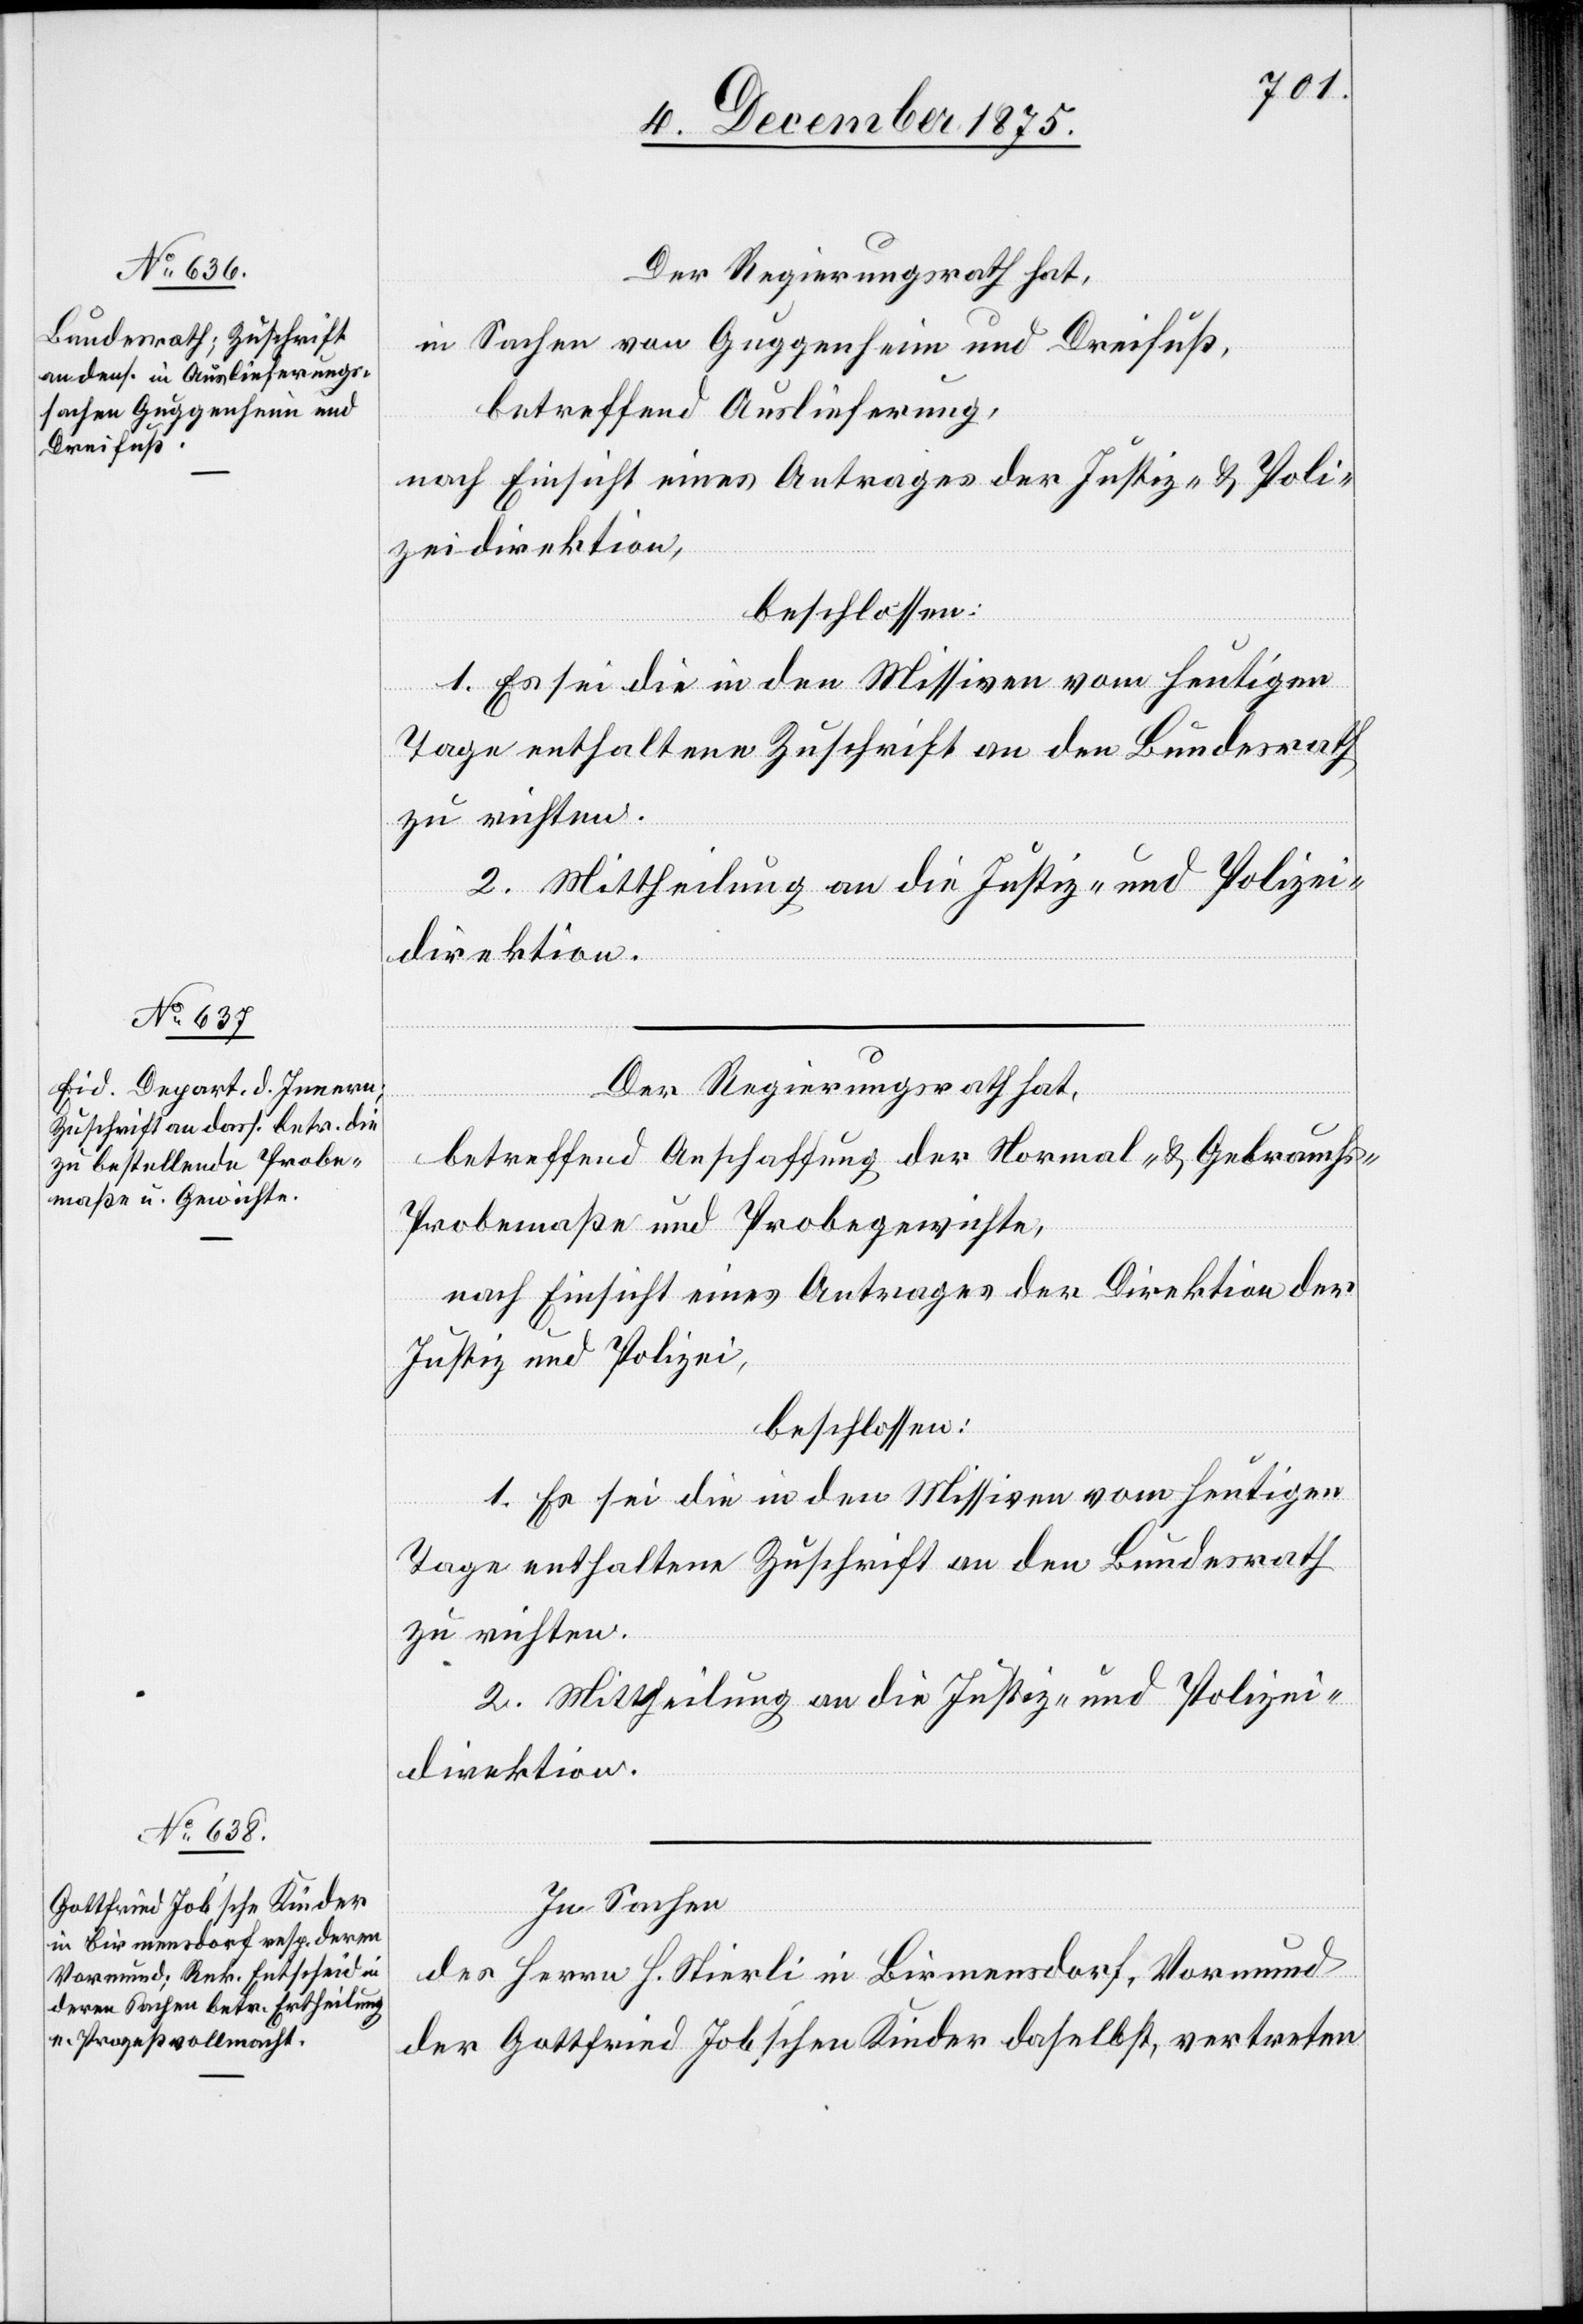
Der Regierungsrath hat,
in Sachen von Guggenheim und Dreifuß,
betreffend Auslieferung,
nach Einsicht eines Antrages der Justiz- und Poli¬
zeidirektion,
beschlossen:
1. Es sei die in den Missiven vom heutigen
Tage enthaltene Zuschrift an den Bundesrath
zu richten.
2. Mittheilung an die Justiz- und Polizei¬
direktion.
betreffend Anschaffung der Normal- & Gebrauch¬
s-Probemaße und Probegewichte,
nach Einsicht eines Antrages der Direktion der
Justiz und Polizei,
beschlossen:
1. Es sei die in den Missiven vom heutigen
Tage enthaltene Zuschrift an den Bundesrath
zu richten.
2. Mittheilung an die Justiz- und Polizei¬
direktion.
In Sachen
des Herrn H. Stierli in Birmensdorf, Vormund
der Gottfried Job’schen Kinder daselbst, vertreten